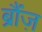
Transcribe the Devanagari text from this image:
ब्रौंज़